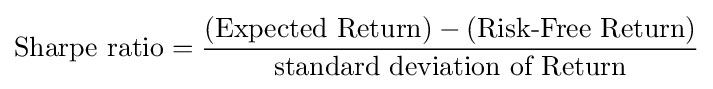
{\text{Sharpe ratio}}={\frac {({\text{Expected Return}})-({\text{Risk-Free Return}})}{\text{standard deviation of Return}}}